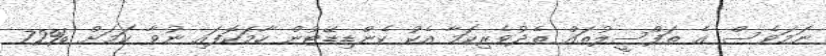
ނަމަވެސް އެ ތަފްސީލުތައް ތެދުވެރިކަމާ އެކު ކެންޑިޑޭޓުން ހާމަކޮފައި ނުވާ ކަމަށް %72